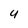
Character: 4